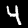
Label: 4